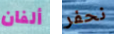
ألفان نحفر